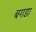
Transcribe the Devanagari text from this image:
बगडा